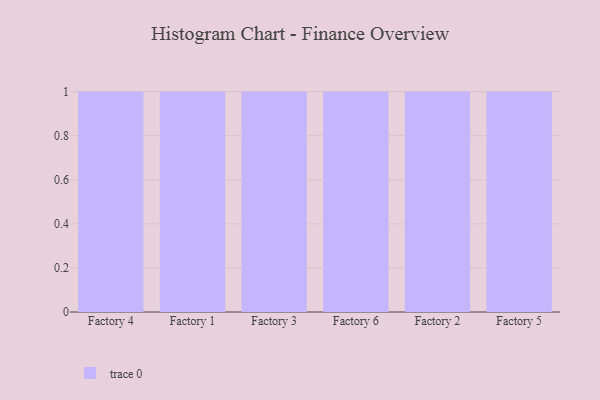
{"axis": {"x": "Factory", "y": "Humidity (%)"}, "legend": [""], "data": [{"x": "Factory 4", "y": 13, "type": ""}, {"x": "Factory 1", "y": 7, "type": ""}, {"x": "Factory 3", "y": 27, "type": ""}, {"x": "Factory 6", "y": 52, "type": ""}, {"x": "Factory 2", "y": 31, "type": ""}, {"x": "Factory 5", "y": 51, "type": ""}]}